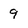
Character: 9